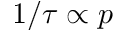
1 / \tau \propto p